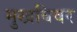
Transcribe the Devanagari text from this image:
मुखविवर